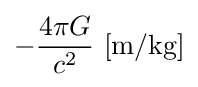
-{\frac {4\pi G}{c^{2}}}\ \mathrm {[m/kg]}